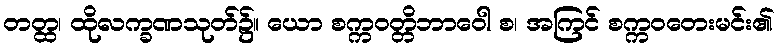
တတ္ထ၊ ထိုလက္ခဏသုတ်၌။ ယော စက္ကဝတ္တိဘာဝေါ စ၊ အကြင် စက္ကဝတေးမင်း၏